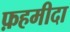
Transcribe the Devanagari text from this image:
फ़हमीदा